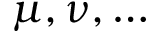
\mu , \nu , \ldots